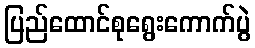
ပြည်ထောင်စုရွေးကောက်ပွဲ